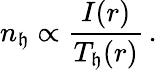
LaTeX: n_{\mathfrak{h}}\propto\frac{{I(r)}}{{T_{\mathfrak{h}}(r)}}\, .